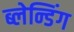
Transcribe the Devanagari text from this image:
ब्लेन्डिंग